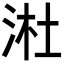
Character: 𬇩